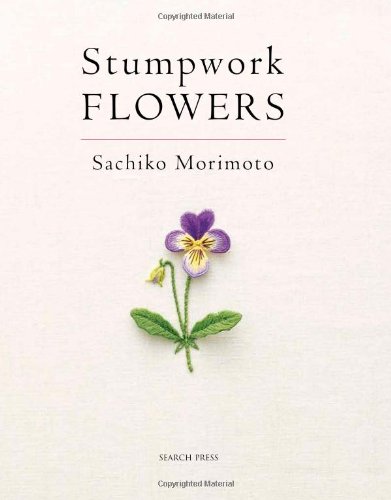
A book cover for Stumpwork Flowers; Sachiko Morimoto; Crafts, Hobbies & Home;